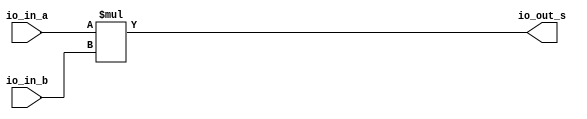
// *************************************************************************
// 
// *** Copyright Notice ***
//
// P38 heterogeneous multi-tiled system with support for message queues 
// (MoSAIC) Copyright (c) 2024, The Regents of the University of California, 
// through Lawrence Berkeley National Laboratory (subject to receipt of
// any required approvals from the U.S. Dept. of Energy). All rights reserved.
// 
// If you have questions about your rights to use or distribute this software,
// please contact Berkeley Lab's Intellectual Property Office at
// IPO@lbl.gov.
//
// NOTICE.  This Software was developed under funding from the U.S. Department
// of Energy and the U.S. Government consequently retains certain rights.  As
// such, the U.S. Government has been granted for itself and others acting on
// its behalf a paid-up, nonexclusive, irrevocable, worldwide license in the
// Software to reproduce, distribute copies to the public, prepare derivative 
// works, and perform publicly and display publicly, and to permit others 
// to do so.
//
// *************************************************************************

////////////////////////////////////////////////
// Description : Floating Point multiplier 64 bits
// Notes       :
//    - Chisel generated 
////////////////////////////////////////////////

module multiplier_bw53(
  input  [52:0]  io_in_a,
  input  [52:0]  io_in_b,
  output [105:0] io_out_s
);
  assign io_out_s = io_in_a * io_in_b; // @[Arithmetic.scala 107:23]
endmodule
module full_subtractor_bw11_mult(
  input  [10:0] io_in_b,
  output [10:0] io_out_s
);
  wire [11:0] _result_T = 11'h3ff - io_in_b; // @[Arithmetic.scala 94:23]
  wire [12:0] _result_T_2 = _result_T - 12'h0; // @[Arithmetic.scala 94:34]
  wire [11:0] result = _result_T_2[11:0]; // @[Arithmetic.scala 93:22 94:12]
  assign io_out_s = result[10:0]; // @[Arithmetic.scala 95:23]
endmodule
module twoscomplement_bw11(
  input  [10:0] io_in,
  output [10:0] io_out
);
  wire [10:0] _x_T = ~io_in; // @[Arithmetic.scala 47:16]
  assign io_out = 11'h1 + _x_T; // @[Arithmetic.scala 47:14]
endmodule
module full_adder_bw11(
  input  [10:0] io_in_a,
  input  [10:0] io_in_b,
  output [10:0] io_out_s,
  output        io_out_c
);
  wire [11:0] _result_T = io_in_a + io_in_b; // @[Arithmetic.scala 79:23]
  wire [12:0] _result_T_1 = {{1'd0}, _result_T}; // @[Arithmetic.scala 79:34]
  wire [11:0] result = _result_T_1[11:0]; // @[Arithmetic.scala 78:22 79:12]
  assign io_out_s = result[10:0]; // @[Arithmetic.scala 80:23]
  assign io_out_c = result[11]; // @[Arithmetic.scala 81:23]
endmodule
module FP_multiplier_64_10cc(
  input         clock,
  input         reset,
  input         in_valid,
  input  [63:0] in_data_0,
  input  [63:0] in_data_1,
  output [63:0] out_data,
  output        out_ready
);
`ifdef RANDOMIZE_REG_INIT
  reg [63:0] _RAND_0;
  reg [63:0] _RAND_1;
  reg [31:0] _RAND_2;
  reg [31:0] _RAND_3;
  reg [31:0] _RAND_4;
  reg [31:0] _RAND_5;
  reg [31:0] _RAND_6;
  reg [31:0] _RAND_7;
  reg [31:0] _RAND_8;
  reg [31:0] _RAND_9;
  reg [31:0] _RAND_10;
  reg [31:0] _RAND_11;
  reg [31:0] _RAND_12;
  reg [31:0] _RAND_13;
  reg [31:0] _RAND_14;
  reg [31:0] _RAND_15;
  reg [31:0] _RAND_16;
  reg [31:0] _RAND_17;
  reg [31:0] _RAND_18;
  reg [31:0] _RAND_19;
  reg [31:0] _RAND_20;
  reg [31:0] _RAND_21;
  reg [31:0] _RAND_22;
  reg [31:0] _RAND_23;
  reg [31:0] _RAND_24;
  reg [31:0] _RAND_25;
  reg [31:0] _RAND_26;
  reg [31:0] _RAND_27;
  reg [31:0] _RAND_28;
  reg [31:0] _RAND_29;
  reg [31:0] _RAND_30;
  reg [31:0] _RAND_31;
  reg [31:0] _RAND_32;
  reg [31:0] _RAND_33;
  reg [31:0] _RAND_34;
  reg [31:0] _RAND_35;
  reg [63:0] _RAND_36;
  reg [63:0] _RAND_37;
  reg [127:0] _RAND_38;
  reg [127:0] _RAND_39;
  reg [127:0] _RAND_40;
  reg [127:0] _RAND_41;
  reg [127:0] _RAND_42;
  reg [127:0] _RAND_43;
  reg [31:0] _RAND_44;
  reg [31:0] _RAND_45;
  reg [31:0] _RAND_46;
  reg [31:0] _RAND_47;
  reg [31:0] _RAND_48;
  reg [31:0] _RAND_49;
  reg [31:0] _RAND_50;
  reg [31:0] _RAND_51;
  reg [31:0] _RAND_52;
  reg [31:0] _RAND_53;
  reg [31:0] _RAND_54;
  reg [31:0] _RAND_55;
  reg [31:0] _RAND_56;
  reg [63:0] _RAND_57;
  reg [63:0] _RAND_58;
`endif // RANDOMIZE_REG_INIT
  wire [52:0] wfrac_multiplier_io_in_a; // @[WHTDesigns.scala 1439:34]
  wire [52:0] wfrac_multiplier_io_in_b; // @[WHTDesigns.scala 1439:34]
  wire [105:0] wfrac_multiplier_io_out_s; // @[WHTDesigns.scala 1439:34]
  wire [10:0] exp_subber_io_in_b; // @[WHTDesigns.scala 1441:28]
  wire [10:0] exp_subber_io_out_s; // @[WHTDesigns.scala 1441:28]
  wire [10:0] exp_complementN_io_in; // @[WHTDesigns.scala 1443:33]
  wire [10:0] exp_complementN_io_out; // @[WHTDesigns.scala 1443:33]
  wire [10:0] exp_adderN_io_in_a; // @[WHTDesigns.scala 1449:28]
  wire [10:0] exp_adderN_io_in_b; // @[WHTDesigns.scala 1449:28]
  wire [10:0] exp_adderN_io_out_s; // @[WHTDesigns.scala 1449:28]
  wire  exp_adderN_io_out_c; // @[WHTDesigns.scala 1449:28]
  reg [63:0] indsr0; // @[Reg.scala 16:16]
  reg [63:0] indsr1; // @[Reg.scala 16:16]
  reg  out_valid_sr_r; // @[Reg.scala 16:16]
  reg  out_valid_sr_r_1; // @[Reg.scala 16:16]
  reg  out_valid_sr_r_2; // @[Reg.scala 16:16]
  reg  out_valid_sr_r_3; // @[Reg.scala 16:16]
  reg  out_valid_sr_r_4; // @[Reg.scala 16:16]
  reg  out_valid_sr_r_5; // @[Reg.scala 16:16]
  reg  out_valid_sr_r_6; // @[Reg.scala 16:16]
  reg  out_valid_sr_r_7; // @[Reg.scala 16:16]
  reg  out_valid_sr_r_8; // @[Reg.scala 16:16]
  reg  out_valid_sr; // @[Reg.scala 16:16]
  reg  sign_reg_0_0; // @[WHTDesigns.scala 1408:27]
  reg  sign_reg_0_1; // @[WHTDesigns.scala 1408:27]
  reg  sign_reg_1_0; // @[WHTDesigns.scala 1408:27]
  reg  sign_reg_1_1; // @[WHTDesigns.scala 1408:27]
  reg  sign_reg_2_0; // @[WHTDesigns.scala 1408:27]
  reg  sign_reg_2_1; // @[WHTDesigns.scala 1408:27]
  reg  sign_reg_3_0; // @[WHTDesigns.scala 1408:27]
  reg  sign_reg_3_1; // @[WHTDesigns.scala 1408:27]
  reg [10:0] exp_reg_0_0; // @[WHTDesigns.scala 1409:26]
  reg [10:0] exp_reg_0_1; // @[WHTDesigns.scala 1409:26]
  reg [10:0] exp_reg_1_0; // @[WHTDesigns.scala 1409:26]
  reg [10:0] exp_reg_1_1; // @[WHTDesigns.scala 1409:26]
  reg [10:0] exp_reg_2_0; // @[WHTDesigns.scala 1409:26]
  reg [10:0] exp_reg_2_1; // @[WHTDesigns.scala 1409:26]
  reg [10:0] exp_reg_3_0; // @[WHTDesigns.scala 1409:26]
  reg [10:0] exp_reg_3_1; // @[WHTDesigns.scala 1409:26]
  reg [10:0] exp_reg_4_0; // @[WHTDesigns.scala 1409:26]
  reg [10:0] exp_reg_4_1; // @[WHTDesigns.scala 1409:26]
  reg [10:0] exp_reg_5_0; // @[WHTDesigns.scala 1409:26]
  reg [10:0] exp_reg_5_1; // @[WHTDesigns.scala 1409:26]
  reg [10:0] exp_reg_6_0; // @[WHTDesigns.scala 1409:26]
  reg [10:0] exp_reg_6_1; // @[WHTDesigns.scala 1409:26]
  reg [10:0] exp_reg_7_0; // @[WHTDesigns.scala 1409:26]
  reg [10:0] exp_reg_7_1; // @[WHTDesigns.scala 1409:26]
  reg [52:0] wfrac_reg_0_0; // @[WHTDesigns.scala 1410:28]
  reg [52:0] wfrac_reg_0_1; // @[WHTDesigns.scala 1410:28]
  reg [105:0] wfrac_multipplier_out_s_reg_0; // @[WHTDesigns.scala 1412:46]
  reg [105:0] wfrac_multipplier_out_s_reg_1; // @[WHTDesigns.scala 1412:46]
  reg [105:0] wfrac_multipplier_out_s_reg_2; // @[WHTDesigns.scala 1412:46]
  reg [105:0] wfrac_multipplier_out_s_reg_3; // @[WHTDesigns.scala 1412:46]
  reg [105:0] wfrac_multipplier_out_s_reg_4; // @[WHTDesigns.scala 1412:46]
  reg [105:0] wfrac_multipplier_out_s_reg_5; // @[WHTDesigns.scala 1412:46]
  reg [10:0] exp_subber_out_s_reg_0; // @[WHTDesigns.scala 1414:39]
  reg [10:0] exp_complementN_out_reg_0; // @[WHTDesigns.scala 1417:42]
  reg [10:0] exp_complementN_out_reg_1; // @[WHTDesigns.scala 1417:42]
  reg [10:0] exp_complementN_out_reg_2; // @[WHTDesigns.scala 1417:42]
  reg  new_sign_reg_0; // @[WHTDesigns.scala 1419:31]
  reg  new_sign_reg_1; // @[WHTDesigns.scala 1419:31]
  reg  new_sign_reg_2; // @[WHTDesigns.scala 1419:31]
  reg  new_sign_reg_3; // @[WHTDesigns.scala 1419:31]
  reg  is_exp1_neg_reg_0; // @[WHTDesigns.scala 1421:34]
  reg  is_exp1_neg_reg_1; // @[WHTDesigns.scala 1421:34]
  reg [10:0] exp_adderN_out_s_reg_0; // @[WHTDesigns.scala 1423:39]
  reg  exp_adderN_out_c_reg_0; // @[WHTDesigns.scala 1424:39]
  reg [10:0] new_exp_reg_0; // @[WHTDesigns.scala 1426:30]
  reg [51:0] new_mant_reg_0; // @[WHTDesigns.scala 1427:31]
  reg [63:0] out_data_reg; // @[WHTDesigns.scala 1429:31]
  wire  _new_exp_reg_0_T_1 = ~exp_adderN_out_c_reg_0; // @[WHTDesigns.scala 1480:51]
  wire  _new_exp_reg_0_T_5 = exp_adderN_out_c_reg_0 | exp_adderN_out_s_reg_0 > 11'h7fe; // @[WHTDesigns.scala 1480:150]
  wire [63:0] _out_data_reg_T_1 = {new_sign_reg_3,new_exp_reg_0,new_mant_reg_0}; // @[WHTDesigns.scala 1491:57]
  wire  sign_0 = indsr0[63]; // @[WHTDesigns.scala 1496:22]
  wire  sign_1 = indsr1[63]; // @[WHTDesigns.scala 1497:22]
  wire [11:0] _T_7 = 12'h800 - 12'h2; // @[WHTDesigns.scala 1500:63]
  wire [11:0] _GEN_20 = {{1'd0}, indsr0[62:52]}; // @[WHTDesigns.scala 1500:35]
  wire [10:0] _GEN_14 = indsr0[62:52] < 11'h1 ? 11'h1 : indsr0[62:52]; // @[WHTDesigns.scala 1502:44 1503:14 1505:14]
  wire [11:0] _GEN_15 = _GEN_20 > _T_7 ? _T_7 : {{1'd0}, _GEN_14}; // @[WHTDesigns.scala 1500:70 1501:14]
  wire [11:0] _GEN_21 = {{1'd0}, indsr1[62:52]}; // @[WHTDesigns.scala 1507:35]
  wire [10:0] _GEN_16 = indsr1[62:52] < 11'h1 ? 11'h1 : indsr1[62:52]; // @[WHTDesigns.scala 1509:44 1510:14 1512:14]
  wire [11:0] _GEN_17 = _GEN_21 > _T_7 ? _T_7 : {{1'd0}, _GEN_16}; // @[WHTDesigns.scala 1507:70 1508:14]
  wire [51:0] frac_0 = indsr0[51:0]; // @[WHTDesigns.scala 1516:22]
  wire [51:0] frac_1 = indsr1[51:0]; // @[WHTDesigns.scala 1517:22]
  wire [52:0] wfrac_0 = {1'h1,frac_0}; // @[WHTDesigns.scala 1520:21]
  wire [52:0] wfrac_1 = {1'h1,frac_1}; // @[WHTDesigns.scala 1521:21]
  wire  new_sign = sign_reg_3_0 ^ sign_reg_3_1; // @[WHTDesigns.scala 1546:32]
  wire  is_exp1_neg_wire = exp_reg_4_1 < 11'h3ff; // @[WHTDesigns.scala 1550:40]
  wire [10:0] _exp_adderN_io_in_a_T_1 = exp_reg_5_0 + 11'h1; // @[WHTDesigns.scala 1557:43]
  wire [10:0] exp_0 = _GEN_15[10:0]; // @[WHTDesigns.scala 1433:19]
  wire [10:0] exp_1 = _GEN_17[10:0]; // @[WHTDesigns.scala 1433:19]
  multiplier_bw53 wfrac_multiplier ( // @[WHTDesigns.scala 1439:34]
    .io_in_a(wfrac_multiplier_io_in_a),
    .io_in_b(wfrac_multiplier_io_in_b),
    .io_out_s(wfrac_multiplier_io_out_s)
  );
  full_subtractor_bw11_mult exp_subber ( // @[WHTDesigns.scala 1441:28]
    .io_in_b(exp_subber_io_in_b),
    .io_out_s(exp_subber_io_out_s)
  );
  twoscomplement_bw11 exp_complementN ( // @[WHTDesigns.scala 1443:33]
    .io_in(exp_complementN_io_in),
    .io_out(exp_complementN_io_out)
  );
  full_adder_bw11 exp_adderN ( // @[WHTDesigns.scala 1449:28]
    .io_in_a(exp_adderN_io_in_a),
    .io_in_b(exp_adderN_io_in_b),
    .io_out_s(exp_adderN_io_out_s),
    .io_out_c(exp_adderN_io_out_c)
  );
  assign out_data = out_data_reg; // @[WHTDesigns.scala 1493:14]
  assign out_ready = out_valid_sr; // @[WHTDesigns.scala 1406:15]
  assign wfrac_multiplier_io_in_a = wfrac_reg_0_0; // @[WHTDesigns.scala 1530:30]
  assign wfrac_multiplier_io_in_b = wfrac_reg_0_1; // @[WHTDesigns.scala 1531:30]
  assign exp_subber_io_in_b = exp_reg_1_1; // @[WHTDesigns.scala 1536:24]
  assign exp_complementN_io_in = exp_subber_out_s_reg_0; // @[WHTDesigns.scala 1542:27]
  assign exp_adderN_io_in_a = wfrac_multipplier_out_s_reg_4[105] ? _exp_adderN_io_in_a_T_1 : exp_reg_5_0; // @[WHTDesigns.scala 1556:76 1557:26 1560:26]
  assign exp_adderN_io_in_b = exp_complementN_out_reg_2; // @[WHTDesigns.scala 1556:76 1558:26 1561:26]
  always @(posedge clock) begin
    indsr0 <= in_data_0; // @[Reg.scala 16:16 17:{18,22}]
    indsr1 <= in_data_1; // @[Reg.scala 16:16 17:{18,22}]
    out_valid_sr_r <= in_valid; // @[Reg.scala 16:16 17:{18,22}]
    out_valid_sr_r_1 <= out_valid_sr_r; // @[Reg.scala 16:16 17:{18,22}]
    out_valid_sr_r_2 <= out_valid_sr_r_1; // @[Reg.scala 16:16 17:{18,22}]
    out_valid_sr_r_3 <= out_valid_sr_r_2; // @[Reg.scala 16:16 17:{18,22}]
    out_valid_sr_r_4 <= out_valid_sr_r_3; // @[Reg.scala 16:16 17:{18,22}]
    out_valid_sr_r_5 <= out_valid_sr_r_4; // @[Reg.scala 16:16 17:{18,22}]
    out_valid_sr_r_6 <= out_valid_sr_r_5; // @[Reg.scala 16:16 17:{18,22}]
    out_valid_sr_r_7 <= out_valid_sr_r_6; // @[Reg.scala 16:16 17:{18,22}]
    out_valid_sr_r_8 <= out_valid_sr_r_7; // @[Reg.scala 16:16 17:{18,22}]
    out_valid_sr <= out_valid_sr_r_8; // @[Reg.scala 16:16 17:{18,22}]
    if (reset) begin // @[WHTDesigns.scala 1408:27]
      sign_reg_0_0 <= 1'h0; // @[WHTDesigns.scala 1408:27]
    end else begin
      sign_reg_0_0 <= sign_0; // @[WHTDesigns.scala 1451:17]
    end
    if (reset) begin // @[WHTDesigns.scala 1408:27]
      sign_reg_0_1 <= 1'h0; // @[WHTDesigns.scala 1408:27]
    end else begin
      sign_reg_0_1 <= sign_1; // @[WHTDesigns.scala 1451:17]
    end
    if (reset) begin // @[WHTDesigns.scala 1408:27]
      sign_reg_1_0 <= 1'h0; // @[WHTDesigns.scala 1408:27]
    end else begin
      sign_reg_1_0 <= sign_reg_0_0; // @[WHTDesigns.scala 1468:23]
    end
    if (reset) begin // @[WHTDesigns.scala 1408:27]
      sign_reg_1_1 <= 1'h0; // @[WHTDesigns.scala 1408:27]
    end else begin
      sign_reg_1_1 <= sign_reg_0_1; // @[WHTDesigns.scala 1468:23]
    end
    if (reset) begin // @[WHTDesigns.scala 1408:27]
      sign_reg_2_0 <= 1'h0; // @[WHTDesigns.scala 1408:27]
    end else begin
      sign_reg_2_0 <= sign_reg_1_0; // @[WHTDesigns.scala 1468:23]
    end
    if (reset) begin // @[WHTDesigns.scala 1408:27]
      sign_reg_2_1 <= 1'h0; // @[WHTDesigns.scala 1408:27]
    end else begin
      sign_reg_2_1 <= sign_reg_1_1; // @[WHTDesigns.scala 1468:23]
    end
    if (reset) begin // @[WHTDesigns.scala 1408:27]
      sign_reg_3_0 <= 1'h0; // @[WHTDesigns.scala 1408:27]
    end else begin
      sign_reg_3_0 <= sign_reg_2_0; // @[WHTDesigns.scala 1468:23]
    end
    if (reset) begin // @[WHTDesigns.scala 1408:27]
      sign_reg_3_1 <= 1'h0; // @[WHTDesigns.scala 1408:27]
    end else begin
      sign_reg_3_1 <= sign_reg_2_1; // @[WHTDesigns.scala 1468:23]
    end
    if (reset) begin // @[WHTDesigns.scala 1409:26]
      exp_reg_0_0 <= 11'h0; // @[WHTDesigns.scala 1409:26]
    end else begin
      exp_reg_0_0 <= exp_0; // @[WHTDesigns.scala 1452:16]
    end
    if (reset) begin // @[WHTDesigns.scala 1409:26]
      exp_reg_0_1 <= 11'h0; // @[WHTDesigns.scala 1409:26]
    end else begin
      exp_reg_0_1 <= exp_1; // @[WHTDesigns.scala 1452:16]
    end
    if (reset) begin // @[WHTDesigns.scala 1409:26]
      exp_reg_1_0 <= 11'h0; // @[WHTDesigns.scala 1409:26]
    end else begin
      exp_reg_1_0 <= exp_reg_0_0; // @[WHTDesigns.scala 1464:18]
    end
    if (reset) begin // @[WHTDesigns.scala 1409:26]
      exp_reg_1_1 <= 11'h0; // @[WHTDesigns.scala 1409:26]
    end else begin
      exp_reg_1_1 <= exp_reg_0_1; // @[WHTDesigns.scala 1464:18]
    end
    if (reset) begin // @[WHTDesigns.scala 1409:26]
      exp_reg_2_0 <= 11'h0; // @[WHTDesigns.scala 1409:26]
    end else begin
      exp_reg_2_0 <= exp_reg_1_0; // @[WHTDesigns.scala 1464:18]
    end
    if (reset) begin // @[WHTDesigns.scala 1409:26]
      exp_reg_2_1 <= 11'h0; // @[WHTDesigns.scala 1409:26]
    end else begin
      exp_reg_2_1 <= exp_reg_1_1; // @[WHTDesigns.scala 1464:18]
    end
    if (reset) begin // @[WHTDesigns.scala 1409:26]
      exp_reg_3_0 <= 11'h0; // @[WHTDesigns.scala 1409:26]
    end else begin
      exp_reg_3_0 <= exp_reg_2_0; // @[WHTDesigns.scala 1464:18]
    end
    if (reset) begin // @[WHTDesigns.scala 1409:26]
      exp_reg_3_1 <= 11'h0; // @[WHTDesigns.scala 1409:26]
    end else begin
      exp_reg_3_1 <= exp_reg_2_1; // @[WHTDesigns.scala 1464:18]
    end
    if (reset) begin // @[WHTDesigns.scala 1409:26]
      exp_reg_4_0 <= 11'h0; // @[WHTDesigns.scala 1409:26]
    end else begin
      exp_reg_4_0 <= exp_reg_3_0; // @[WHTDesigns.scala 1464:18]
    end
    if (reset) begin // @[WHTDesigns.scala 1409:26]
      exp_reg_4_1 <= 11'h0; // @[WHTDesigns.scala 1409:26]
    end else begin
      exp_reg_4_1 <= exp_reg_3_1; // @[WHTDesigns.scala 1464:18]
    end
    if (reset) begin // @[WHTDesigns.scala 1409:26]
      exp_reg_5_0 <= 11'h0; // @[WHTDesigns.scala 1409:26]
    end else begin
      exp_reg_5_0 <= exp_reg_4_0; // @[WHTDesigns.scala 1464:18]
    end
    if (reset) begin // @[WHTDesigns.scala 1409:26]
      exp_reg_5_1 <= 11'h0; // @[WHTDesigns.scala 1409:26]
    end else begin
      exp_reg_5_1 <= exp_reg_4_1; // @[WHTDesigns.scala 1464:18]
    end
    if (reset) begin // @[WHTDesigns.scala 1409:26]
      exp_reg_6_0 <= 11'h0; // @[WHTDesigns.scala 1409:26]
    end else begin
      exp_reg_6_0 <= exp_reg_5_0; // @[WHTDesigns.scala 1464:18]
    end
    if (reset) begin // @[WHTDesigns.scala 1409:26]
      exp_reg_6_1 <= 11'h0; // @[WHTDesigns.scala 1409:26]
    end else begin
      exp_reg_6_1 <= exp_reg_5_1; // @[WHTDesigns.scala 1464:18]
    end
    if (reset) begin // @[WHTDesigns.scala 1409:26]
      exp_reg_7_0 <= 11'h0; // @[WHTDesigns.scala 1409:26]
    end else begin
      exp_reg_7_0 <= exp_reg_6_0; // @[WHTDesigns.scala 1464:18]
    end
    if (reset) begin // @[WHTDesigns.scala 1409:26]
      exp_reg_7_1 <= 11'h0; // @[WHTDesigns.scala 1409:26]
    end else begin
      exp_reg_7_1 <= exp_reg_6_1; // @[WHTDesigns.scala 1464:18]
    end
    if (reset) begin // @[WHTDesigns.scala 1410:28]
      wfrac_reg_0_0 <= 53'h0; // @[WHTDesigns.scala 1410:28]
    end else begin
      wfrac_reg_0_0 <= wfrac_0; // @[WHTDesigns.scala 1453:18]
    end
    if (reset) begin // @[WHTDesigns.scala 1410:28]
      wfrac_reg_0_1 <= 53'h0; // @[WHTDesigns.scala 1410:28]
    end else begin
      wfrac_reg_0_1 <= wfrac_1; // @[WHTDesigns.scala 1453:18]
    end
    if (reset) begin // @[WHTDesigns.scala 1412:46]
      wfrac_multipplier_out_s_reg_0 <= 106'h0; // @[WHTDesigns.scala 1412:46]
    end else begin
      wfrac_multipplier_out_s_reg_0 <= wfrac_multiplier_io_out_s; // @[WHTDesigns.scala 1454:36]
    end
    if (reset) begin // @[WHTDesigns.scala 1412:46]
      wfrac_multipplier_out_s_reg_1 <= 106'h0; // @[WHTDesigns.scala 1412:46]
    end else begin
      wfrac_multipplier_out_s_reg_1 <= wfrac_multipplier_out_s_reg_0; // @[WHTDesigns.scala 1466:40]
    end
    if (reset) begin // @[WHTDesigns.scala 1412:46]
      wfrac_multipplier_out_s_reg_2 <= 106'h0; // @[WHTDesigns.scala 1412:46]
    end else begin
      wfrac_multipplier_out_s_reg_2 <= wfrac_multipplier_out_s_reg_1; // @[WHTDesigns.scala 1466:40]
    end
    if (reset) begin // @[WHTDesigns.scala 1412:46]
      wfrac_multipplier_out_s_reg_3 <= 106'h0; // @[WHTDesigns.scala 1412:46]
    end else begin
      wfrac_multipplier_out_s_reg_3 <= wfrac_multipplier_out_s_reg_2; // @[WHTDesigns.scala 1466:40]
    end
    if (reset) begin // @[WHTDesigns.scala 1412:46]
      wfrac_multipplier_out_s_reg_4 <= 106'h0; // @[WHTDesigns.scala 1412:46]
    end else begin
      wfrac_multipplier_out_s_reg_4 <= wfrac_multipplier_out_s_reg_3; // @[WHTDesigns.scala 1466:40]
    end
    if (reset) begin // @[WHTDesigns.scala 1412:46]
      wfrac_multipplier_out_s_reg_5 <= 106'h0; // @[WHTDesigns.scala 1412:46]
    end else begin
      wfrac_multipplier_out_s_reg_5 <= wfrac_multipplier_out_s_reg_4; // @[WHTDesigns.scala 1466:40]
    end
    if (reset) begin // @[WHTDesigns.scala 1414:39]
      exp_subber_out_s_reg_0 <= 11'h0; // @[WHTDesigns.scala 1414:39]
    end else begin
      exp_subber_out_s_reg_0 <= exp_subber_io_out_s; // @[WHTDesigns.scala 1455:29]
    end
    if (reset) begin // @[WHTDesigns.scala 1417:42]
      exp_complementN_out_reg_0 <= 11'h0; // @[WHTDesigns.scala 1417:42]
    end else begin
      exp_complementN_out_reg_0 <= exp_complementN_io_out; // @[WHTDesigns.scala 1457:32]
    end
    if (reset) begin // @[WHTDesigns.scala 1417:42]
      exp_complementN_out_reg_1 <= 11'h0; // @[WHTDesigns.scala 1417:42]
    end else begin
      exp_complementN_out_reg_1 <= exp_complementN_out_reg_0; // @[WHTDesigns.scala 1471:40]
    end
    if (reset) begin // @[WHTDesigns.scala 1417:42]
      exp_complementN_out_reg_2 <= 11'h0; // @[WHTDesigns.scala 1417:42]
    end else begin
      exp_complementN_out_reg_2 <= exp_complementN_out_reg_1; // @[WHTDesigns.scala 1471:40]
    end
    if (reset) begin // @[WHTDesigns.scala 1419:31]
      new_sign_reg_0 <= 1'h0; // @[WHTDesigns.scala 1419:31]
    end else begin
      new_sign_reg_0 <= new_sign; // @[WHTDesigns.scala 1458:21]
    end
    if (reset) begin // @[WHTDesigns.scala 1419:31]
      new_sign_reg_1 <= 1'h0; // @[WHTDesigns.scala 1419:31]
    end else begin
      new_sign_reg_1 <= new_sign_reg_0; // @[WHTDesigns.scala 1469:27]
    end
    if (reset) begin // @[WHTDesigns.scala 1419:31]
      new_sign_reg_2 <= 1'h0; // @[WHTDesigns.scala 1419:31]
    end else begin
      new_sign_reg_2 <= new_sign_reg_1; // @[WHTDesigns.scala 1469:27]
    end
    if (reset) begin // @[WHTDesigns.scala 1419:31]
      new_sign_reg_3 <= 1'h0; // @[WHTDesigns.scala 1419:31]
    end else begin
      new_sign_reg_3 <= new_sign_reg_2; // @[WHTDesigns.scala 1469:27]
    end
    if (reset) begin // @[WHTDesigns.scala 1421:34]
      is_exp1_neg_reg_0 <= 1'h0; // @[WHTDesigns.scala 1421:34]
    end else begin
      is_exp1_neg_reg_0 <= is_exp1_neg_wire; // @[WHTDesigns.scala 1459:24]
    end
    if (reset) begin // @[WHTDesigns.scala 1421:34]
      is_exp1_neg_reg_1 <= 1'h0; // @[WHTDesigns.scala 1421:34]
    end else begin
      is_exp1_neg_reg_1 <= is_exp1_neg_reg_0; // @[WHTDesigns.scala 1473:34]
    end
    if (reset) begin // @[WHTDesigns.scala 1423:39]
      exp_adderN_out_s_reg_0 <= 11'h0; // @[WHTDesigns.scala 1423:39]
    end else begin
      exp_adderN_out_s_reg_0 <= exp_adderN_io_out_s; // @[WHTDesigns.scala 1460:29]
    end
    if (reset) begin // @[WHTDesigns.scala 1424:39]
      exp_adderN_out_c_reg_0 <= 1'h0; // @[WHTDesigns.scala 1424:39]
    end else begin
      exp_adderN_out_c_reg_0 <= exp_adderN_io_out_c; // @[WHTDesigns.scala 1461:29]
    end
    if (reset) begin // @[WHTDesigns.scala 1426:30]
      new_exp_reg_0 <= 11'h0; // @[WHTDesigns.scala 1426:30]
    end else if (is_exp1_neg_reg_1) begin // @[WHTDesigns.scala 1480:26]
      if (~exp_adderN_out_c_reg_0) begin // @[WHTDesigns.scala 1480:50]
        new_exp_reg_0 <= 11'h1;
      end else begin
        new_exp_reg_0 <= exp_adderN_out_s_reg_0;
      end
    end else if (exp_adderN_out_c_reg_0 | exp_adderN_out_s_reg_0 > 11'h7fe) begin // @[WHTDesigns.scala 1480:118]
      new_exp_reg_0 <= 11'h7fe;
    end else begin
      new_exp_reg_0 <= exp_adderN_out_s_reg_0;
    end
    if (reset) begin // @[WHTDesigns.scala 1427:31]
      new_mant_reg_0 <= 52'h0; // @[WHTDesigns.scala 1427:31]
    end else if (wfrac_multipplier_out_s_reg_5[105]) begin // @[WHTDesigns.scala 1482:76]
      if (is_exp1_neg_reg_1) begin // @[WHTDesigns.scala 1483:29]
        if (_new_exp_reg_0_T_1) begin // @[WHTDesigns.scala 1483:53]
          new_mant_reg_0 <= 52'h0;
        end else begin
          new_mant_reg_0 <= wfrac_multipplier_out_s_reg_5[104:53];
        end
      end else if (_new_exp_reg_0_T_5) begin // @[WHTDesigns.scala 1483:168]
        new_mant_reg_0 <= 52'hfffffffffffff;
      end else begin
        new_mant_reg_0 <= wfrac_multipplier_out_s_reg_5[104:53];
      end
    end else if (is_exp1_neg_reg_1) begin // @[WHTDesigns.scala 1485:29]
      if (_new_exp_reg_0_T_1) begin // @[WHTDesigns.scala 1485:53]
        new_mant_reg_0 <= 52'h0;
      end else begin
        new_mant_reg_0 <= wfrac_multipplier_out_s_reg_5[103:52];
      end
    end else if (_new_exp_reg_0_T_5) begin // @[WHTDesigns.scala 1485:164]
      new_mant_reg_0 <= 52'hfffffffffffff;
    end else begin
      new_mant_reg_0 <= wfrac_multipplier_out_s_reg_5[103:52];
    end
    if (reset) begin // @[WHTDesigns.scala 1429:31]
      out_data_reg <= 64'h0; // @[WHTDesigns.scala 1429:31]
    end else if (exp_reg_7_0 == 11'h0 | exp_reg_7_1 == 11'h0) begin // @[WHTDesigns.scala 1488:58]
      out_data_reg <= 64'h0; // @[WHTDesigns.scala 1489:20]
    end else begin
      out_data_reg <= _out_data_reg_T_1; // @[WHTDesigns.scala 1491:20]
    end
  end
// Register and memory initialization
`ifdef RANDOMIZE_GARBAGE_ASSIGN
`define RANDOMIZE
`endif
`ifdef RANDOMIZE_INVALID_ASSIGN
`define RANDOMIZE
`endif
`ifdef RANDOMIZE_REG_INIT
`define RANDOMIZE
`endif
`ifdef RANDOMIZE_MEM_INIT
`define RANDOMIZE
`endif
`ifndef RANDOM
`define RANDOM $random
`endif
`ifdef RANDOMIZE_MEM_INIT
  integer initvar;
`endif
`ifndef SYNTHESIS
`ifdef FIRRTL_BEFORE_INITIAL
`FIRRTL_BEFORE_INITIAL
`endif
initial begin
  `ifdef RANDOMIZE
    `ifdef INIT_RANDOM
      `INIT_RANDOM
    `endif
    `ifndef VERILATOR
      `ifdef RANDOMIZE_DELAY
        #`RANDOMIZE_DELAY begin end
      `else
        #0.002 begin end
      `endif
    `endif
`ifdef RANDOMIZE_REG_INIT
  _RAND_0 = {2{`RANDOM}};
  indsr0 = _RAND_0[63:0];
  _RAND_1 = {2{`RANDOM}};
  indsr1 = _RAND_1[63:0];
  _RAND_2 = {1{`RANDOM}};
  out_valid_sr_r = _RAND_2[0:0];
  _RAND_3 = {1{`RANDOM}};
  out_valid_sr_r_1 = _RAND_3[0:0];
  _RAND_4 = {1{`RANDOM}};
  out_valid_sr_r_2 = _RAND_4[0:0];
  _RAND_5 = {1{`RANDOM}};
  out_valid_sr_r_3 = _RAND_5[0:0];
  _RAND_6 = {1{`RANDOM}};
  out_valid_sr_r_4 = _RAND_6[0:0];
  _RAND_7 = {1{`RANDOM}};
  out_valid_sr_r_5 = _RAND_7[0:0];
  _RAND_8 = {1{`RANDOM}};
  out_valid_sr_r_6 = _RAND_8[0:0];
  _RAND_9 = {1{`RANDOM}};
  out_valid_sr_r_7 = _RAND_9[0:0];
  _RAND_10 = {1{`RANDOM}};
  out_valid_sr_r_8 = _RAND_10[0:0];
  _RAND_11 = {1{`RANDOM}};
  out_valid_sr = _RAND_11[0:0];
  _RAND_12 = {1{`RANDOM}};
  sign_reg_0_0 = _RAND_12[0:0];
  _RAND_13 = {1{`RANDOM}};
  sign_reg_0_1 = _RAND_13[0:0];
  _RAND_14 = {1{`RANDOM}};
  sign_reg_1_0 = _RAND_14[0:0];
  _RAND_15 = {1{`RANDOM}};
  sign_reg_1_1 = _RAND_15[0:0];
  _RAND_16 = {1{`RANDOM}};
  sign_reg_2_0 = _RAND_16[0:0];
  _RAND_17 = {1{`RANDOM}};
  sign_reg_2_1 = _RAND_17[0:0];
  _RAND_18 = {1{`RANDOM}};
  sign_reg_3_0 = _RAND_18[0:0];
  _RAND_19 = {1{`RANDOM}};
  sign_reg_3_1 = _RAND_19[0:0];
  _RAND_20 = {1{`RANDOM}};
  exp_reg_0_0 = _RAND_20[10:0];
  _RAND_21 = {1{`RANDOM}};
  exp_reg_0_1 = _RAND_21[10:0];
  _RAND_22 = {1{`RANDOM}};
  exp_reg_1_0 = _RAND_22[10:0];
  _RAND_23 = {1{`RANDOM}};
  exp_reg_1_1 = _RAND_23[10:0];
  _RAND_24 = {1{`RANDOM}};
  exp_reg_2_0 = _RAND_24[10:0];
  _RAND_25 = {1{`RANDOM}};
  exp_reg_2_1 = _RAND_25[10:0];
  _RAND_26 = {1{`RANDOM}};
  exp_reg_3_0 = _RAND_26[10:0];
  _RAND_27 = {1{`RANDOM}};
  exp_reg_3_1 = _RAND_27[10:0];
  _RAND_28 = {1{`RANDOM}};
  exp_reg_4_0 = _RAND_28[10:0];
  _RAND_29 = {1{`RANDOM}};
  exp_reg_4_1 = _RAND_29[10:0];
  _RAND_30 = {1{`RANDOM}};
  exp_reg_5_0 = _RAND_30[10:0];
  _RAND_31 = {1{`RANDOM}};
  exp_reg_5_1 = _RAND_31[10:0];
  _RAND_32 = {1{`RANDOM}};
  exp_reg_6_0 = _RAND_32[10:0];
  _RAND_33 = {1{`RANDOM}};
  exp_reg_6_1 = _RAND_33[10:0];
  _RAND_34 = {1{`RANDOM}};
  exp_reg_7_0 = _RAND_34[10:0];
  _RAND_35 = {1{`RANDOM}};
  exp_reg_7_1 = _RAND_35[10:0];
  _RAND_36 = {2{`RANDOM}};
  wfrac_reg_0_0 = _RAND_36[52:0];
  _RAND_37 = {2{`RANDOM}};
  wfrac_reg_0_1 = _RAND_37[52:0];
  _RAND_38 = {4{`RANDOM}};
  wfrac_multipplier_out_s_reg_0 = _RAND_38[105:0];
  _RAND_39 = {4{`RANDOM}};
  wfrac_multipplier_out_s_reg_1 = _RAND_39[105:0];
  _RAND_40 = {4{`RANDOM}};
  wfrac_multipplier_out_s_reg_2 = _RAND_40[105:0];
  _RAND_41 = {4{`RANDOM}};
  wfrac_multipplier_out_s_reg_3 = _RAND_41[105:0];
  _RAND_42 = {4{`RANDOM}};
  wfrac_multipplier_out_s_reg_4 = _RAND_42[105:0];
  _RAND_43 = {4{`RANDOM}};
  wfrac_multipplier_out_s_reg_5 = _RAND_43[105:0];
  _RAND_44 = {1{`RANDOM}};
  exp_subber_out_s_reg_0 = _RAND_44[10:0];
  _RAND_45 = {1{`RANDOM}};
  exp_complementN_out_reg_0 = _RAND_45[10:0];
  _RAND_46 = {1{`RANDOM}};
  exp_complementN_out_reg_1 = _RAND_46[10:0];
  _RAND_47 = {1{`RANDOM}};
  exp_complementN_out_reg_2 = _RAND_47[10:0];
  _RAND_48 = {1{`RANDOM}};
  new_sign_reg_0 = _RAND_48[0:0];
  _RAND_49 = {1{`RANDOM}};
  new_sign_reg_1 = _RAND_49[0:0];
  _RAND_50 = {1{`RANDOM}};
  new_sign_reg_2 = _RAND_50[0:0];
  _RAND_51 = {1{`RANDOM}};
  new_sign_reg_3 = _RAND_51[0:0];
  _RAND_52 = {1{`RANDOM}};
  is_exp1_neg_reg_0 = _RAND_52[0:0];
  _RAND_53 = {1{`RANDOM}};
  is_exp1_neg_reg_1 = _RAND_53[0:0];
  _RAND_54 = {1{`RANDOM}};
  exp_adderN_out_s_reg_0 = _RAND_54[10:0];
  _RAND_55 = {1{`RANDOM}};
  exp_adderN_out_c_reg_0 = _RAND_55[0:0];
  _RAND_56 = {1{`RANDOM}};
  new_exp_reg_0 = _RAND_56[10:0];
  _RAND_57 = {2{`RANDOM}};
  new_mant_reg_0 = _RAND_57[51:0];
  _RAND_58 = {2{`RANDOM}};
  out_data_reg = _RAND_58[63:0];
`endif // RANDOMIZE_REG_INIT
  `endif // RANDOMIZE
end // initial
`ifdef FIRRTL_AFTER_INITIAL
`FIRRTL_AFTER_INITIAL
`endif
`endif // SYNTHESIS
endmodule